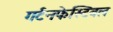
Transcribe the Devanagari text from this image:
गर्टनफेस्टिवल